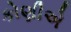
કોણીએ